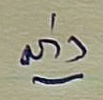
ล่าง